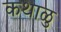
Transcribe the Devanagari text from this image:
कथाळु